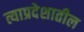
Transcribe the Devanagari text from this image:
त्याप्रदेशातील